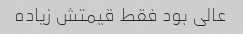
عالی بود فقط قیمتش زیاده